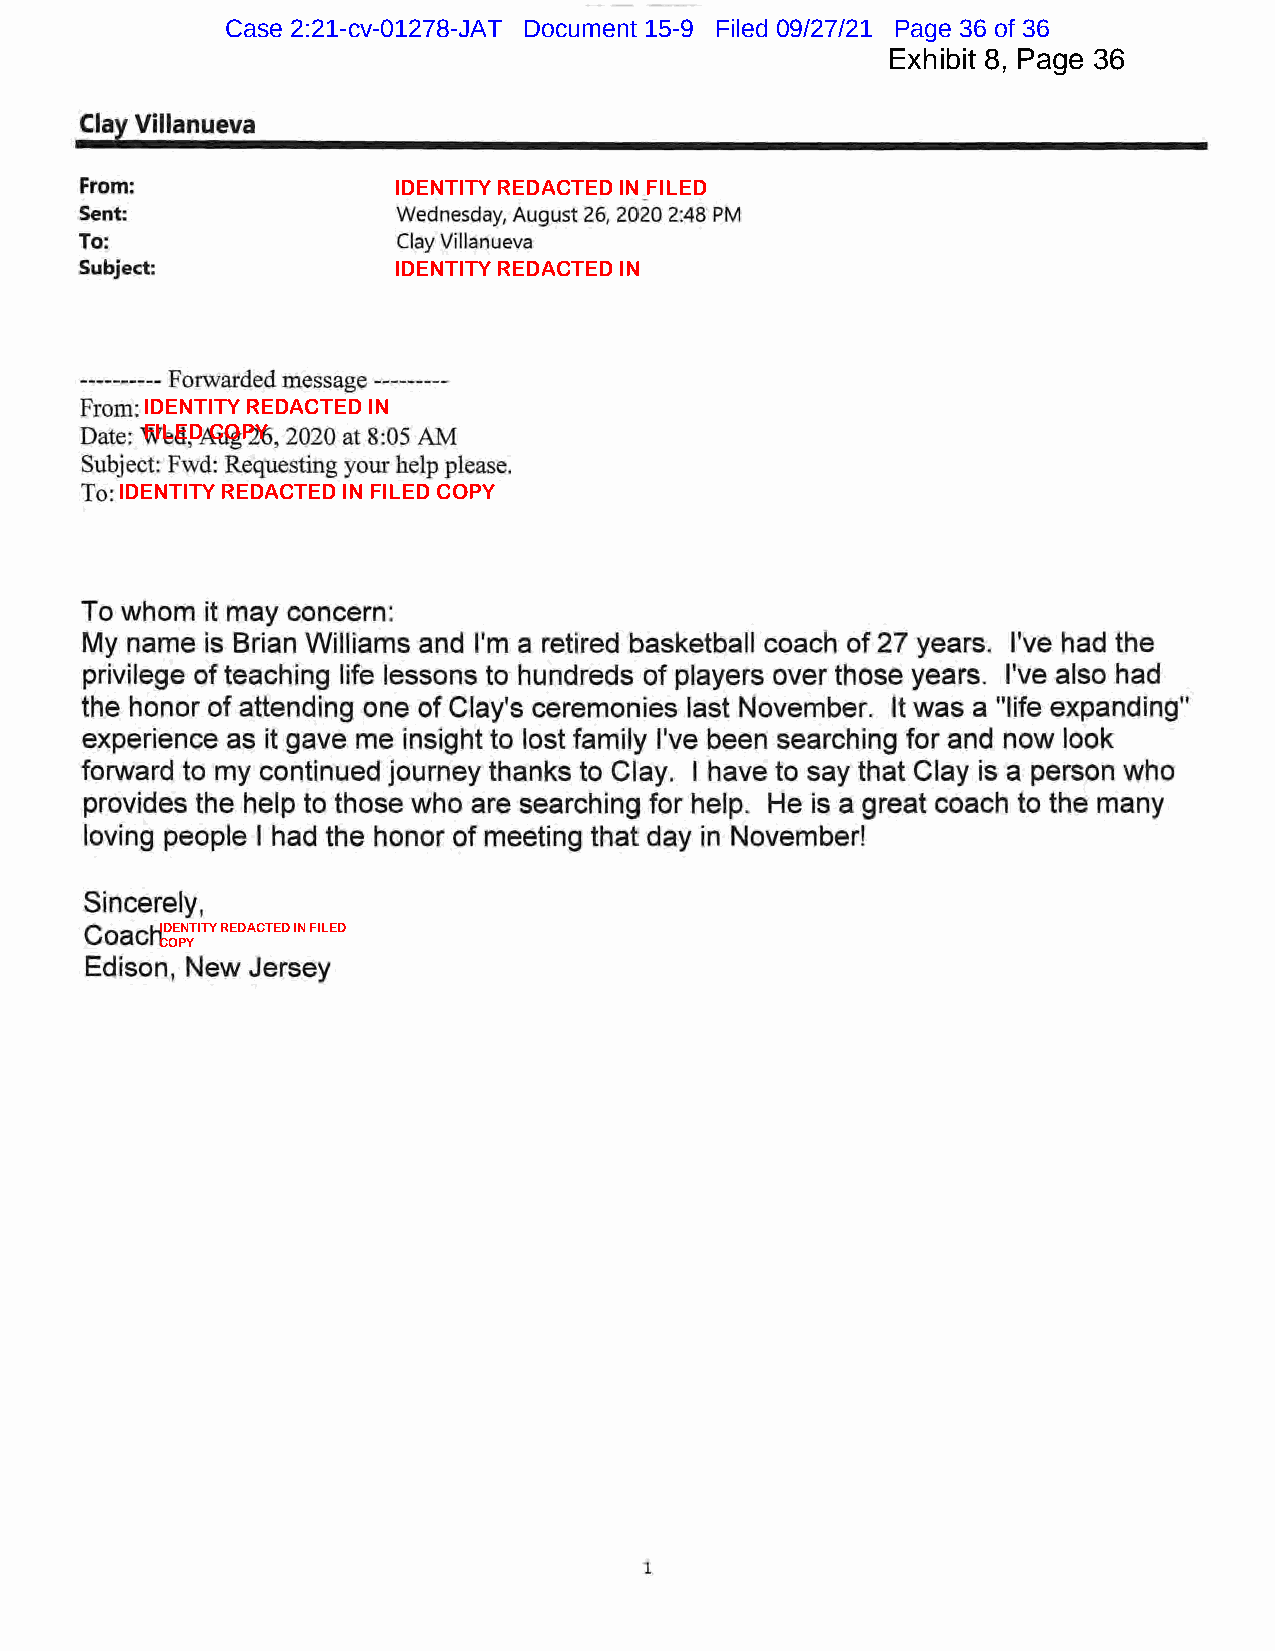
Case 2:21-cv-01278-JAT Document 15-9 Filed 09/27/21 Page 36 of 36
 Exhibit 8, Page 36
 IDENTITY REDACTED IN FILED
 IDENTITY REDACTED IN
 IDENTITY REDACTED IN
 FILED COP Y
 IDENTITY REDACTED IN FILED COPY
 IDENTITY REDACTED IN FILED
 COPY